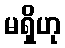
မရှိဟု